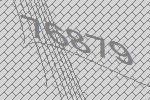
76879